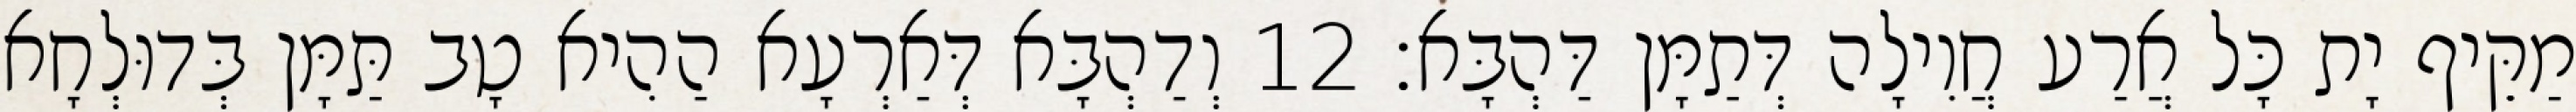
מַקֵּיף יָת כָּל אֲרַע חֲוִילָה דְּתַמָּן דַּהְבָּא׃ 12 וְדַהְבָּא דְּאַרְעָא הַהִיא טָב תַּמָּן בְּדוּלְחָא